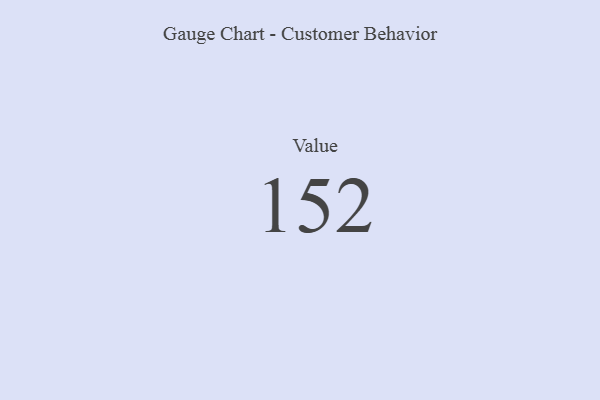
{"axis": {"x": "Metric", "y": "Value"}, "legend": [""], "data": [{"x": "Value", "y": 152, "type": ""}]}